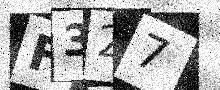
Text: F327